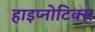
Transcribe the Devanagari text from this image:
हाइप्नोटिक्स